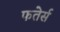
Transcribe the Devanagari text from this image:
फतेर्स